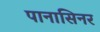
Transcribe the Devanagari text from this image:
पानासिनर